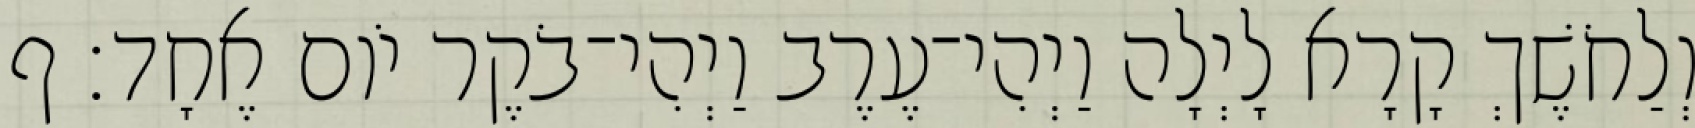
וְלַחֹשֶׁךְ קָרָא לָיְלָה וַיְהִי־עֶרֶב וַיְהִי־בֹקֶר יֹום אֶחָד׃ ף